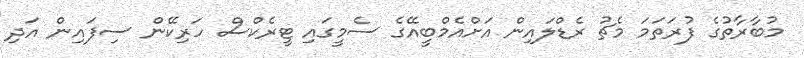
މުބާރާތުގެ ފުރަތަމަ މެޗު ރެޑްލައިން އަށްއެމްބީއޭގެ ސެމީގައި ޓީރެކްސް ހަރިކޭން ސިފައިން އަދި